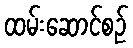
ထမ်းဆောင်စဉ်